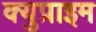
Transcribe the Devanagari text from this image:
क्युप्राइम